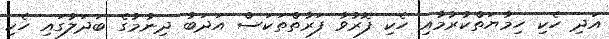
އަދި ހެކި ހިމާޔަތްކުރުމާއި ހެކި ފޮރުވާ ފަރާތްތަކަސް އަދަބު ދިނުމުގެ ބަދަލުގައި ހެކި